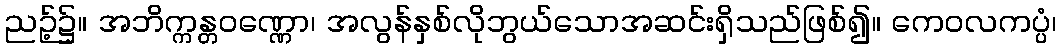
ညဉ့်၌။ အဘိက္ကန္တဝဏ္ဏော၊ အလွန်နှစ်လိုဘွယ်သောအဆင်းရှိသည်ဖြစ်၍။ ကေဝလကပ္ပံ၊